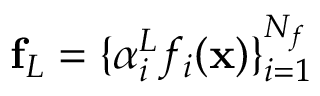
\mathbf { f } _ { L } = \{ \alpha _ { i } ^ { L } f _ { i } ( \mathbf { x } ) \} _ { i = 1 } ^ { N _ { f } }